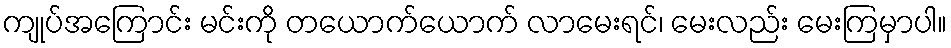
ကျုပ်အကြောင်း မင်းကို တယောက်ယောက် လာမေးရင်၊ မေးလည်း မေးကြမှာပါ။